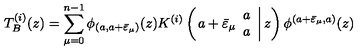
T _ { B } ^ { ( i ) } ( z ) = \displaystyle \sum _ { \mu = 0 } ^ { n - 1 } \phi _ { ( a , a + \bar { \varepsilon } _ { \mu } ) } ( z ) K ^ { ( i ) } \left( \left. a + \bar { \varepsilon } _ { \mu } \begin{array} { c } { a } \\ { a } \\ \end{array} \right| z \right) \phi ^ { ( a + \bar { \varepsilon } _ { \mu } , a ) } ( z )